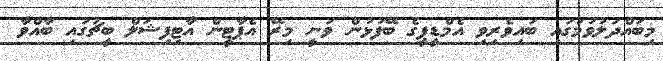
މިބައްދަލުވުމުގައި ބައިވެރިވި އެމްޑީޕީގެ ބޭފުޅުން ވަނީ މިރޭ އެޕާޓީން އާޓިފިޝަލް ބީޗުގައި ބާއްވާ